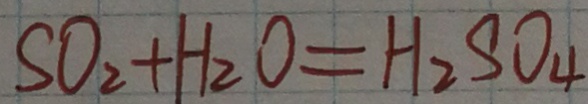
S O _ { 2 } + H _ { 2 } O = H _ { 2 } S O _ { 4 }